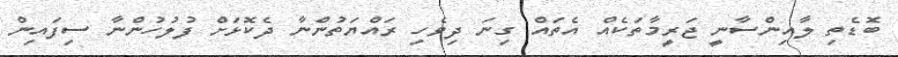
ބޮޑެތި ލާއިންސާނީ ޖަރީމާތަކެއް އެތައް ގިނަ ދިވެހި ރައްޔަތުންނާ ދެކޮޅަށް ފުލުހުންނާ ސިފައިން